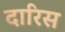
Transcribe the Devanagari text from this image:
दारिस